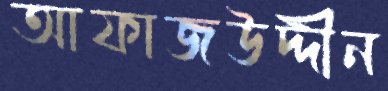
আফাজউদ্দীন